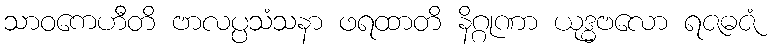
သာဝကေဟီတိ ဗာလပ္ပသံသနာ ဖရထာတိ နိဂ္ဂုဏာ ယုဒ္ဓဗလော ရဇဓဇံ